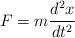
LaTeX: \begin{align*}F = m \frac{d^2x}{dt^2}\end{align*}